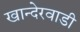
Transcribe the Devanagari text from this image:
खान्देरवाडी